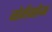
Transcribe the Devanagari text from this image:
नोर्गेबरोबर